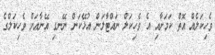
ވެހިކަލެއް އޮތް ކަމަށާއި އެ ވެހިކަލް ނައްޓާލަން އުޅޭކަން ނޭނގި އޭނާއަށް ވެހިކަލްގެ